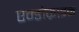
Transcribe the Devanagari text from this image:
एन्डोक्राइन